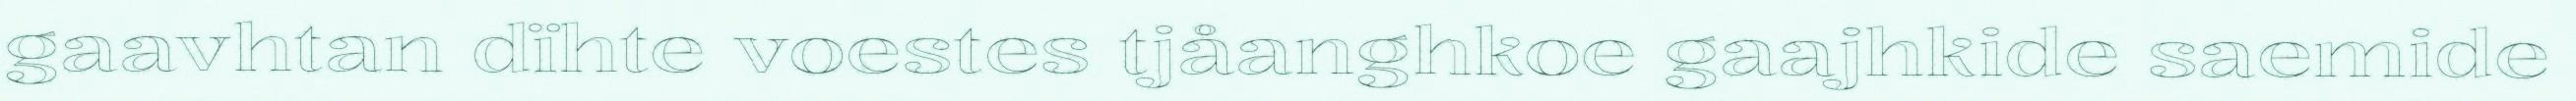
gaavhtan dïhte voestes tjåanghkoe gaajhkide saemide